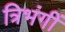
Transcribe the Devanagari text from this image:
त्रिभंगीं